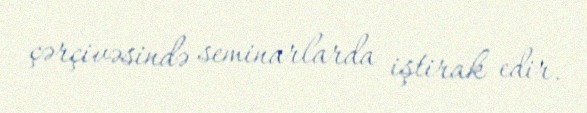
çərçivəsində seminarlarda iştirak edir.